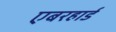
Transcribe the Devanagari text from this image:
एबरहार्ड